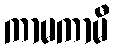
ကာမကာမီ